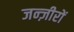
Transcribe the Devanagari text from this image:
जन्ज़ीरों